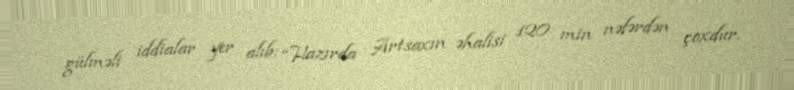
gülməli iddialar yer alıb: “Hazırda Artsaxın əhalisi 120 min nəfərdən çoxdur.